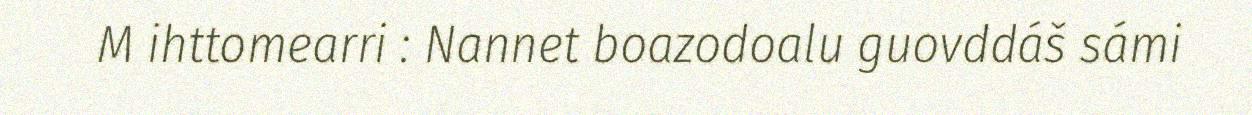
M ihttomearri : Nannet boazodoalu guovddáš sámi